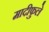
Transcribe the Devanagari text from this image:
मादीफुले